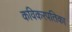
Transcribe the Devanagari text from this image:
कविकरपतिका